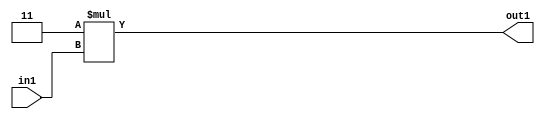
`timescale 1ps / 1ps
/*****************************************************************************
    Verilog RTL Description
    
    
    Created by: Stratus DpOpt 2019.1.01 
*******************************************************************************/

module DC_Filter_Mul2i3u2_4 (
	in1,
	out1
	); /* architecture "behavioural" */ 
input [1:0] in1;
output [3:0] out1;
wire [3:0] asc001;

assign asc001 = 
	+(4'B0011 * in1);

assign out1 = asc001;
endmodule

/* CADENCE  urX5Twk= : u9/ySgnWtBlWxVPRXgAZ4Og= ** DO NOT EDIT THIS LINE ******/